[Report on the health of British troops in the Madras command]
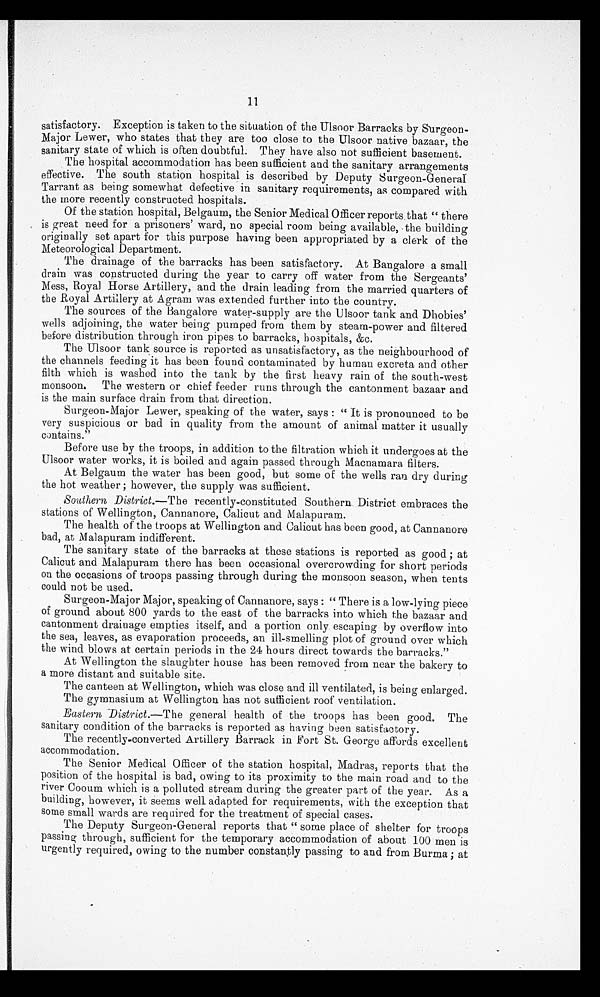
satisfactory. Exception is taken to the situation of the Ulsoor Barracks by Surgeon
-Major Lewer, who states that they are too close to the Ulsoor native bazaar, the
sanitary state of which is often doubtful. They have also not sufficient basement.
The hospital accommodation has been sufficient and the sanitary arrangements
effective. The south station hospital is described by Deputy Surgeon-General
Tarrant as being somewhat defective in sanitary requirements, as compared with
the more recently constructed hospitals.
Of the station hospital, Belgaum, the Senior Medical Officer reports that "there
is great need for a prisoners' ward, no special room being available, the building
originally set apart for this purpose having been appropriated by a clerk of the
Meteorological Department.
The drainage of the barracks has been satisfactory. At Bangalore a small
drain was constructed during the year to carry off water from the Sergeants'
Mess, Royal Horse Artillery, and the drain leading from the married quarters of
the Royal Artillery at Agram was extended further into the country.
The sources of the Bangalore water-supply are the Ulsoor tank and Dhobies'
wells adjoining, the water being pumped from them by steam-power and filtered
before distribution through iron pipes to barracks, hospitals, &c.
The Ulsoor tank source is reported as unsatisfactory, as the neighbourhood of
the channels feeding it has been found contaminated by human excreta and other
filth which is washed into the tank by the first heavy rain of the south-west
monsoon. The western or chief feeder runs through the cantonment bazaar and
is the main surface drain from that direction.
Surgeon-Major Lewer, speaking of the water, says: "It is pronounced to be
very suspicious or bad in quality from the amount of animal matter it usually
contains."
Before use by the troops, in addition to the filtration which it undergoes at the
Ulsoor water works, it is boiled and again passed through Macnamara filters.
At Belgaum the water has been good, but some of the wells ran dry during
the hot weather; however, the supply was sufficient.
Southern District.—The recently-constituted Southern District embraces the
stations of Wellington, Cannanore, Calicut and Malapuram.
The health of the troops at Wellington and Calicut has been good, at Cannanore
bad, at Malapuram indifferent.
The sanitary state of the barracks at these stations is reported as good; at
Calicut and Malapuram there has been occasional overcrowding for short periods
on the occasions of troops passing through during the monsoon season, when tents
could not be used.
Surgeon-Major Major, speaking of Cannanore, says: "There is a low-lying piece
of ground about 800 yards to the east of the barracks into which the bazaar and
cantonment drainage empties itself, and a portion only escaping by overflow into
the sea, leaves, as evaporation proceeds, an ill-smelling plot of ground over which
the wind blows at certain periods in the 24 hours direct towards the barracks."
At Wellington the slaughter house has been removed from near the bakery to
a more distant and suitable site.
The canteen at Wellington, which was close and ill ventilated, is being enlarged.
The gymnasium at Wellington has not sufficient roof ventilation.
Eastern District.—The general health of the troops has been good. The
sanitary condition of the barracks is reported as having been satisfactory.
The recently-converted Artillery Barrack in Fort St. George affords excellent
accommodation.
The Senior Medical Officer of the station hospital, Madras, reports that the
position of the hospital is bad, owing to its proximity to the main road and to the
river Cooum which is a polluted stream during the greater part of the year. As a
building, however, it seems well adapted for requirements, with the exception that
some small wards are required for the treatment of special cases.
The Deputy Sureon-General reports that "some place of shelter for troops
passing through, sufficient for the temporary accommodation of about 100 men is
urgently required, owing to the number constantly passing to and from Burma; at